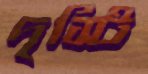
দৃস্টি